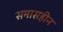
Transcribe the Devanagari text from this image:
समासहीन